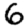
Digit: 6